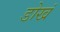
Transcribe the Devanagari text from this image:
डोखं